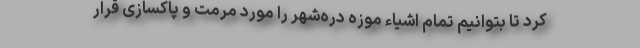
کرد تا بتوانیم تمام اشیاء موزه دره‌شهر را مورد مرمت و پاکسازی قرار